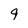
Character: q